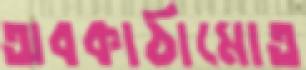
অবকাঠামোত